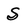
Character: S